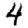
Digit: 4